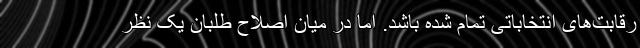
رقابت‌های انتخاباتی تمام شده باشد. اما در میان اصلاح طلبان یک نظر